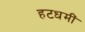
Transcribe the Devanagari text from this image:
हटधमीं